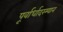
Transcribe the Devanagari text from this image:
पूर्वार्धादरम्यान